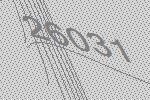
26031